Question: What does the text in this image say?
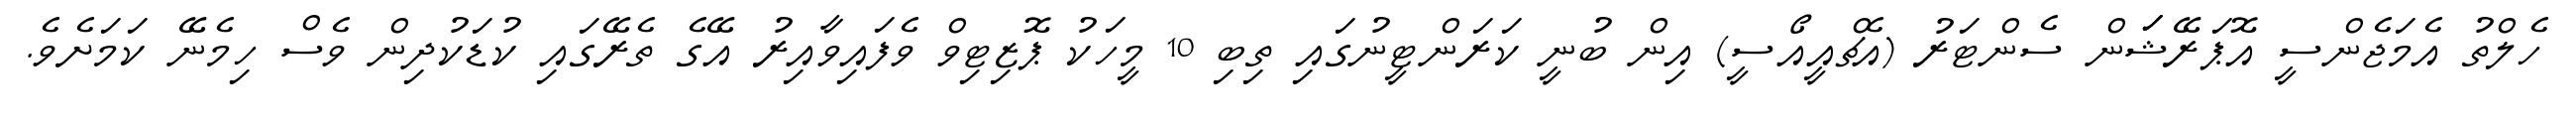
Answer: ހެލްތު އެމަޖެންސީ އޮޕަރޭޝަަން ސެންޓަރު (އެޗްއީއޯސީ) އިން ބުނީ ކަރަންޓީނުގައި ތިބި 10 މީހަކު ޕޮޒިޓިވް ވެފައިވާއިރު އޭގެ ތެރޭގައި ކުޑަކުދިން ވެސް ހިމެނޭ ކަމަށެވެ.